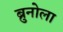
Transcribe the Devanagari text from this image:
ब्रुनोला